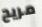
مريح